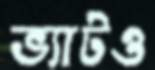
ভ্যাটও